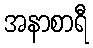
အနာစာရီ